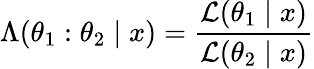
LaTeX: \Lambda(\theta_{1}:\theta_{2}\mid x)={\frac{{\mathcal{L}}(\theta_{1}\mid x)}{{\mathcal{L}}(\theta_{2}\mid x)}}